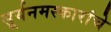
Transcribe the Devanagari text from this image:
सूर्यनमस्कारांचे